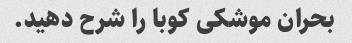
بحران موشکی کوبا را شرح دهید.